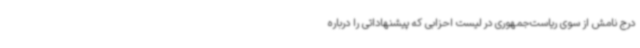
درج نامش از سوی ریاست‌جمهوری در لیست احزابی که پیشنهاداتی را درباره